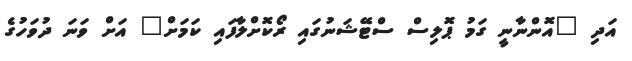
އަދި "އޮންނާނީ ގަމު ޕޮލިސް ސްޓޭޝަނުގައި ރޯކޮށްލާފައި ކަމަށް" އަށް ވަނަ ދުވަހުގެ